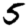
Digit: 5